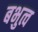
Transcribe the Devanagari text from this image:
बभुत्व